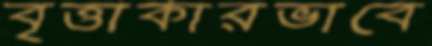
বৃত্তাকারভাবে